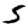
Digit: 5